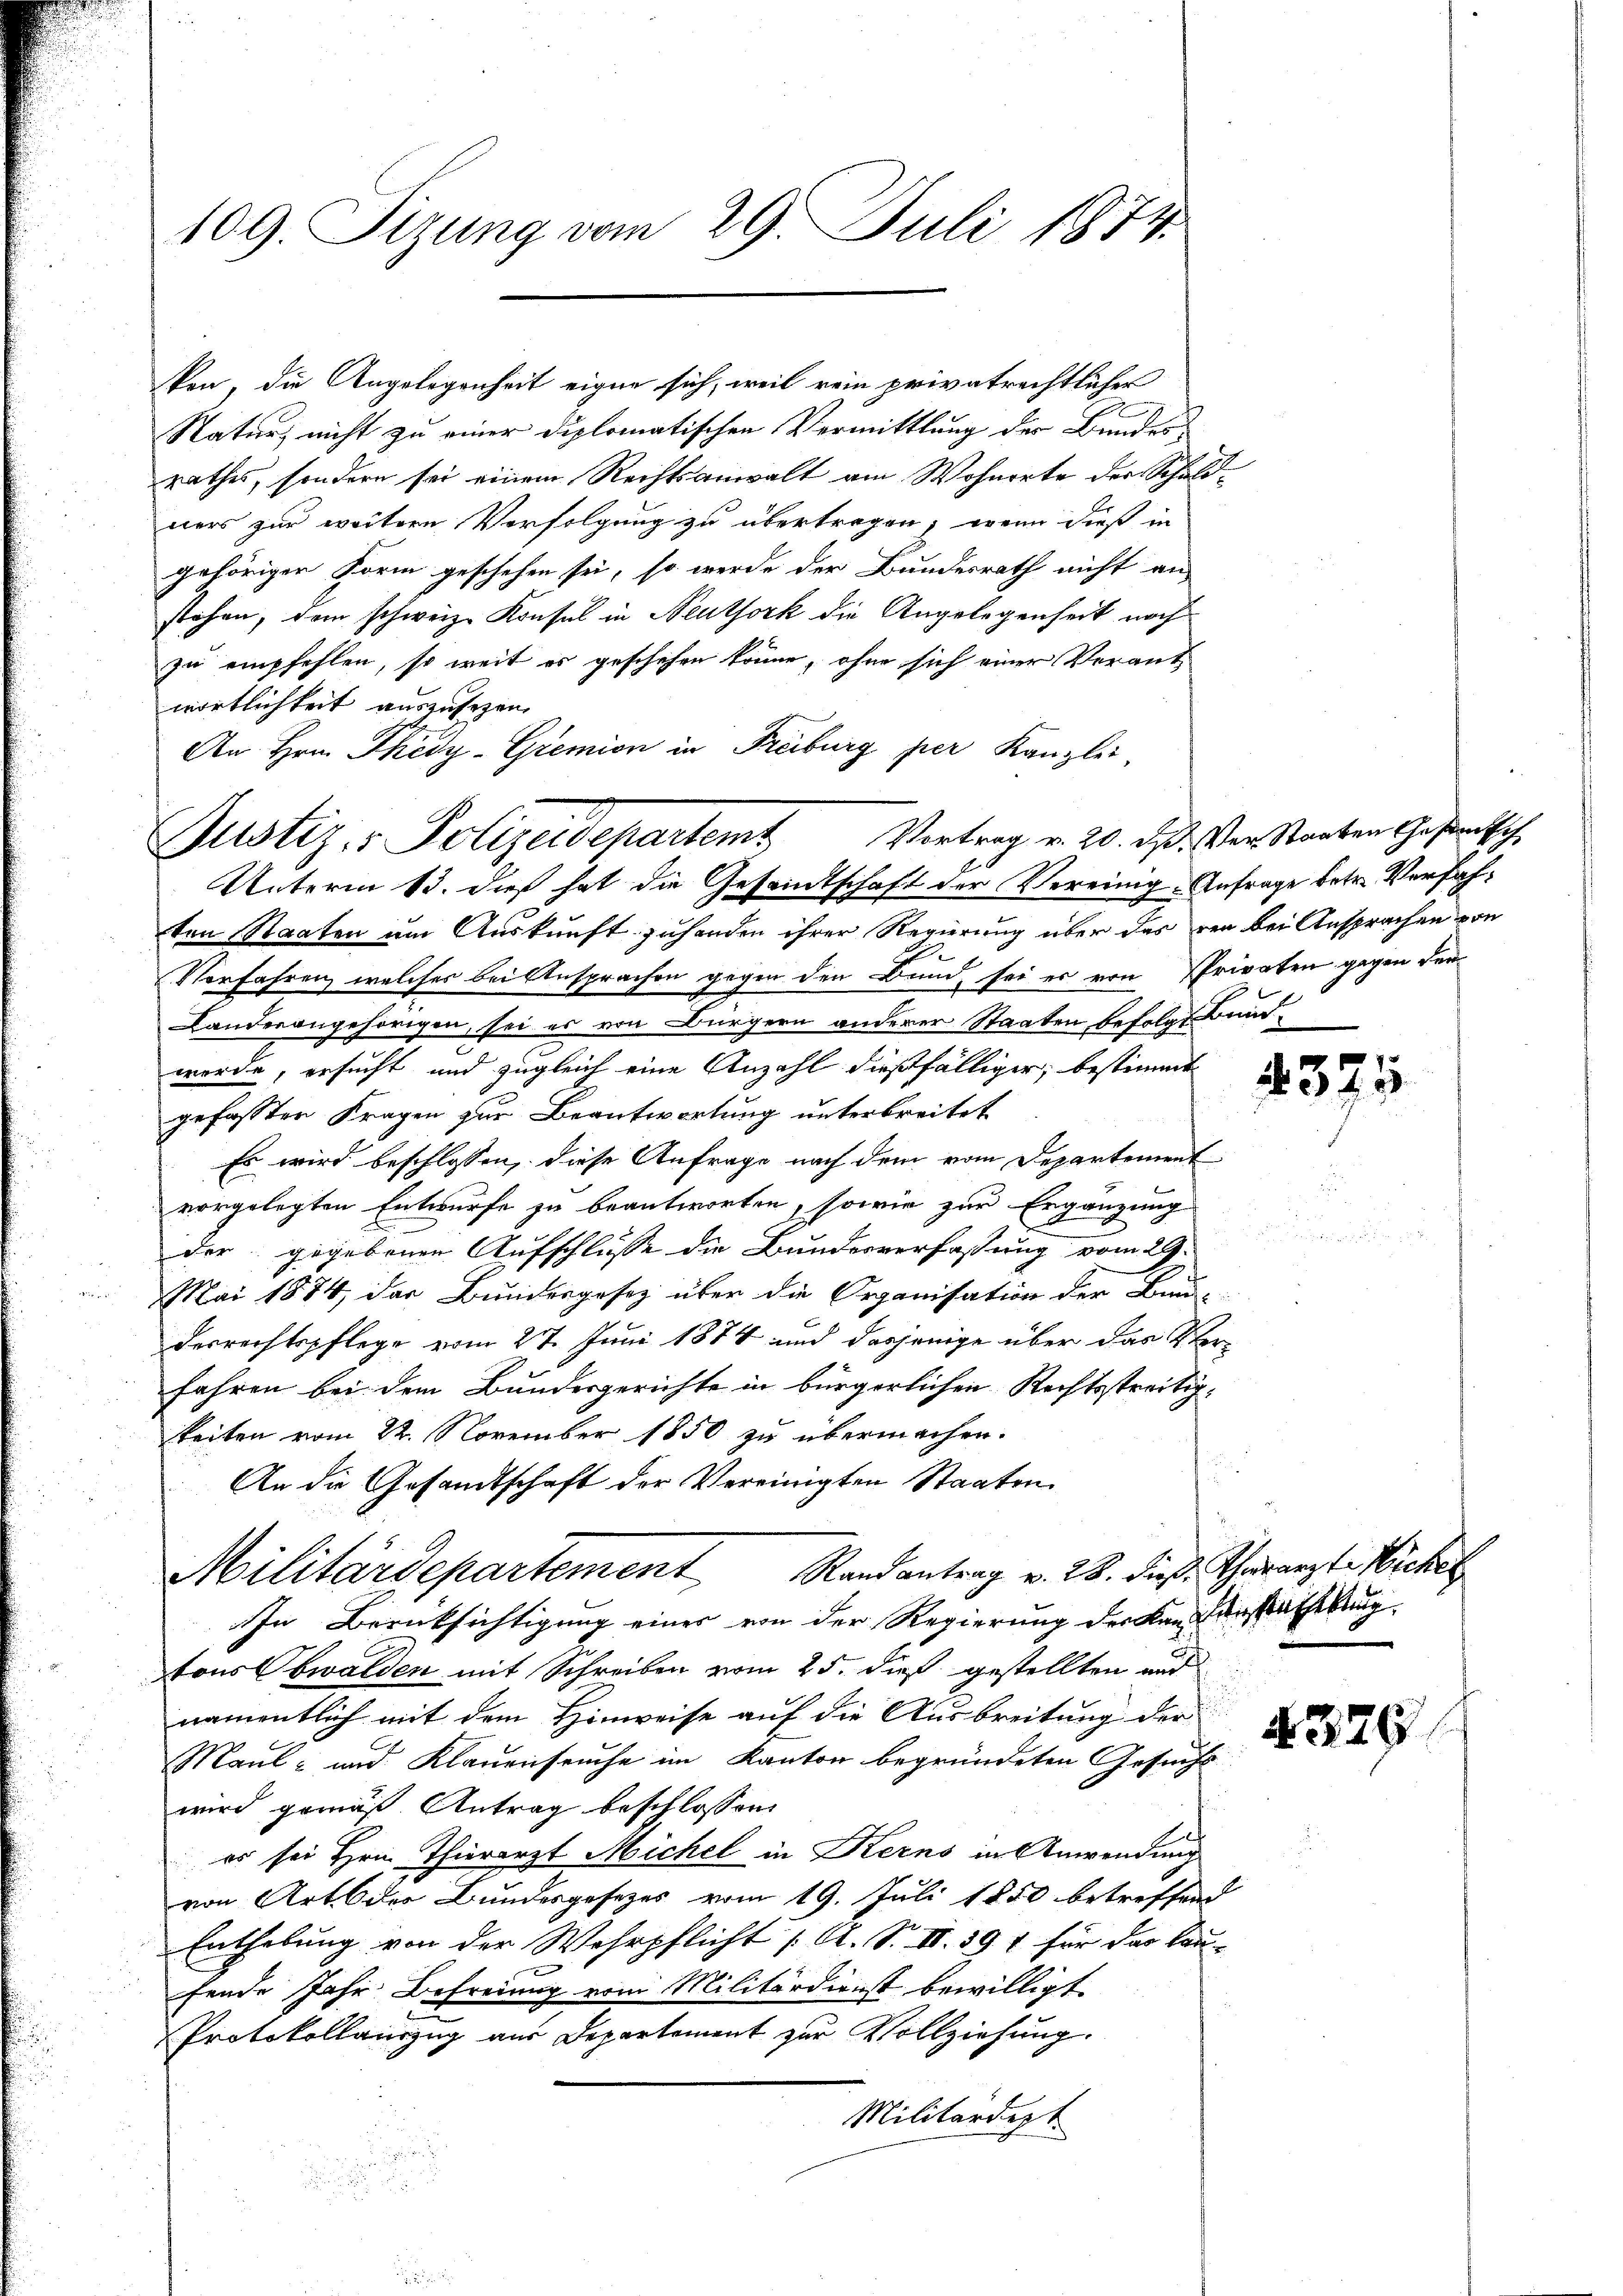
109. Sizung vom 29. Juli 1874.

ken, die Angelegenheit eigne sich, weil rein privatrechtlicher
Natur nicht zu einer diplomatischen Vermittlung der Bundes-
rathes, sondern sei einem Rechtsanwalt am Wohnorte der Schuldners zur weitere Verfolgung zu übertragen, wenn dieß in
gehörigen Form geschehen sei, so werde der Bundesrath nicht an-
stehen, dem schweiz. Konsul in Neuthork die Angelegenheit noch
zu empfehlen, so weit es geschehen könne, ohne sich einer Verant-
wörtlichkeit auszusehen.
An Hrn. Thedy-Gremion in Freiburg per Kanzlei,

Justiz - Polizeidepartemt Vortrag v. 20. ds. Der Staaten Gastsch

Unterm 13. dieß hat die Gesandtschaft der Vereinig-Anfrage betr. Verfahten Staaten um Auskunft zuhanden ihrer Regierung über das der bei Ansprachen von
Verfahren, welches bei Ansprachen gegen den Bund, sei er von Privaten gegen den
Landerangehörigen, sei es von Bürgern anderer Staaten befolge Bundwerde, ersucht und zugleich eine Anzahl dießfälliger, bestimmt
gefasster Fragen zur Beantwortung unterbreitet
Es wird beschlossen, diese Anfrage nach dem vom Departement
vorgelegten Entwurfe zu beantworten, sowie zur Ergänzung
der gegebenen Aufschlüsse die Bundesverfassung vom 29.
Mai 1874, das Bundesgesez über die Organisation der Bau-
desrechtspflege vom 27. Juni 1874 und dasjenige über das Verfahren bei dem Bundesgerichte in bürgerlichen Rechtsstreitigkeiten vom 22. November 1850 zu übermachen.
An die Gesandtschaft der Vereinigten Staaten.
Militärdepartement Randantrag v. 28. die Thärarzte Nicker
In Berücksichtigung eines von der Regierung der Kantonsrathebung
tons Obwalden mit Schreiben vom 25. dieß gestellten und
namentlich mit dem Hinweise auf die Ausbreitung der
Maul- und Klauenseuche im Kanton begründeten Gesuchs
wird gemäß Antrag beschlossen:
es sei Hrn. Thierarzt Michel in Kerns in Anwendung
von Art. Oder Bundesgesezes vom 19. Juli 1850 betreffend
Enthebung von der Wehrpflicht (A. S. II. 397 für das kan-
fende Jahr Befreiung vom Militärdienst bewilligt
Protokollauszug aus Departement zur Vollziehung.
Militärdept

4371

4379